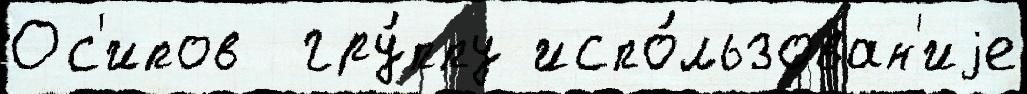
Ос'ипов  гру́ппу испо́льзован'иjе